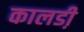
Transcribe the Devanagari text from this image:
कालडी़